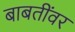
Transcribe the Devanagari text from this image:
बाबतींवर